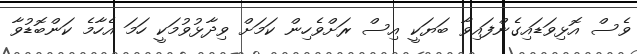
ވެސް އޮޅިވަޑައިގެންފައިވާ ބަޔަކީ އިސް ރަށްވެހިން ކަމަށް ވިދާޅުވުމަކީ ހަމަ އެހާމެ ކަންބޮޑުވާ